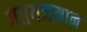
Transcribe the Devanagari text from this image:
गतयजमान